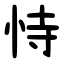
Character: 恃